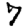
Digit: 7